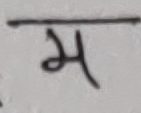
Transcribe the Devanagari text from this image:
म